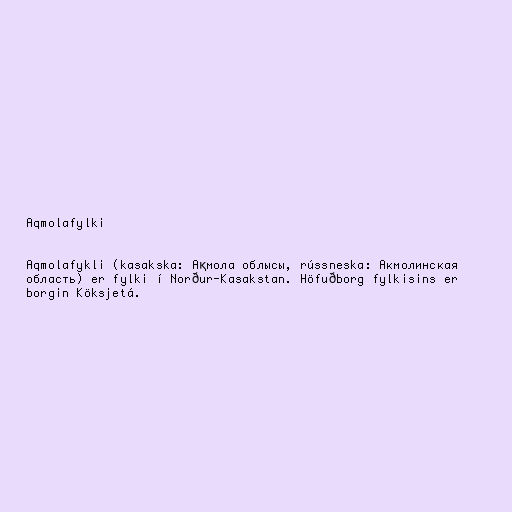
Aqmolafylki

Aqmolafykli (kasakska: Ақмола облысы, rússneska: Акмолинская
область) er fylki í Norður-Kasakstan. Höfuðborg fylkisins er
borgin Köksjetá.